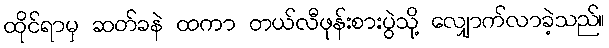
ထိုင်ရာမှ ဆတ်ခနဲ ထကာ တယ်လီဖုန်းစားပွဲသို့ လျှောက်လာခဲ့သည်။